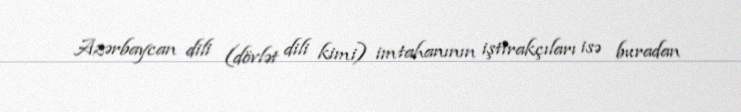
Azərbaycan dili (dövlət dili kimi) imtahanının iştirakçıları isə buradan